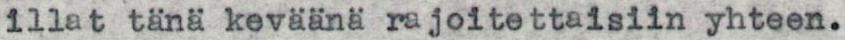
illat tänä keväänä rajoitettaisiin yhteen.